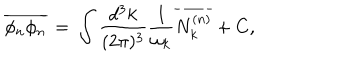
\overline { { { \phi _ { n } \phi _ { n } } } } \, = \, \int \frac { d ^ { 3 } k } { ( 2 \pi ) ^ { 3 } } \frac { 1 } { \omega _ { k } } \overline { { { N _ { k } ^ { ( n ) } } } } + C ,